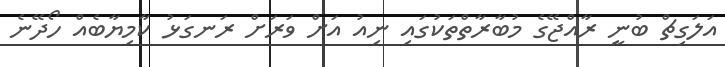
އަލަގިޗް ބުނީ ރާއްޖޭގެ މުބާރާތްތަކުގައި ނިއު އަށް ވަރަށް ރަނގަޅު ކާމިޔާބެއް ހޯދޭނެ